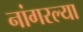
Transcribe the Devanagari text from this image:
नांगरल्या